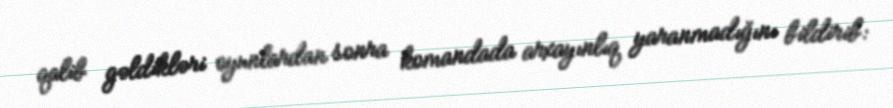
qalib gəldikləri oyunlardan sonra komandada arxayınlıq yaranmadığını bildirib: